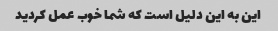
این به این دلیل است که شما خوب عمل کردید